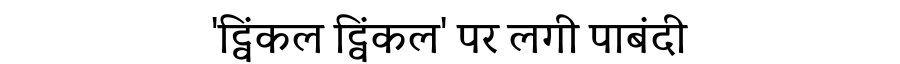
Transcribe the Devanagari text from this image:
'ट्विंकल ट्विंकल' पर लगी पाबंदी